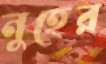
নুহের